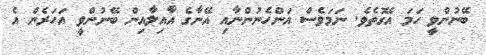
ބޭނުންވީ ހަމަ އެގޮތެވެ. ނަމަވެސް އަންހެނުންނާއި އޭނާގެ އާއިލާއިން ބޭނުންވީ އަހަރެން އެ